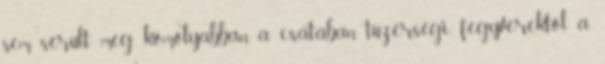
sem sérült meg komolyabban a csatában tüzérségi fegyverektől a